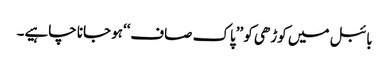
بائبل میں کوڑھی کو ’’پاک صاف‘‘ہو جانا چاہیے۔